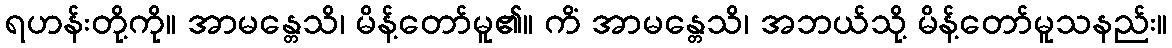
ရဟန်းတို့ကို။ အာမန္တေသိ၊ မိန့်တော်မူ၏။ ကိံ အာမန္တေသိ၊ အဘယ်သို့ မိန့်တော်မူသနည်း။